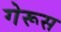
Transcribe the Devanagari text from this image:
गेरूस